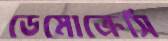
ডেমোক্রেসি